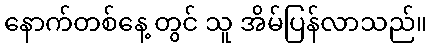
နောက်တစ်နေ့ တွင် သူ အိမ်ပြန်လာသည်။